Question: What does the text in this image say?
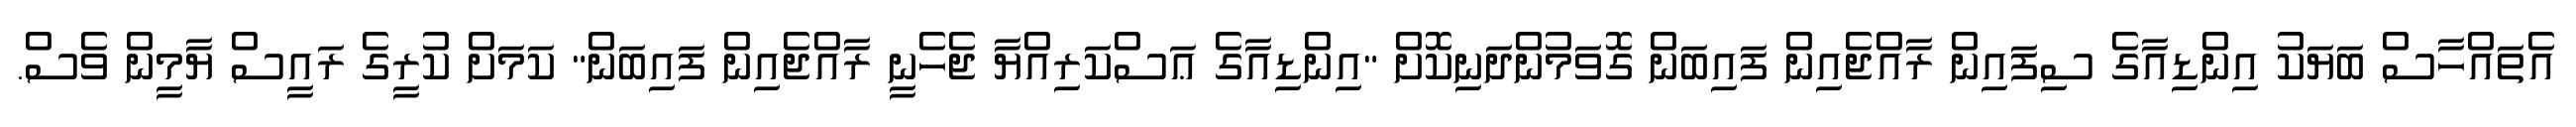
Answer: އެތައްހާސް ބަޔަކު އިންޑިއާގެ ސިފައިން ރާއްޖެއިން ފައިބަން ގޮވަމުންދަނިކޮށް "އިންޑިއާގެ ޢަސްކަރިއްޔާ ޖެހެނީ ރާއްޖެއިން ފައިބަން" ކަމަށް ކުރީގެ ރައީސް ޔާމީން ވެސް.